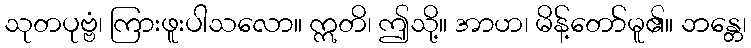
သုတပုဗ္ဗံ၊ ကြားဖူးပါသလော။ ဣတိ၊ ဤသို့။ အာဟ၊ မိန့်တော်မူ၏။ ဘန္တေ၊